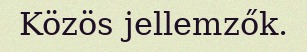
Közös jellemzők.